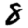
Digit: 8